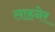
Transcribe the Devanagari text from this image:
लाहनेर